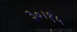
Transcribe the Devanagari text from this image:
३०।१५